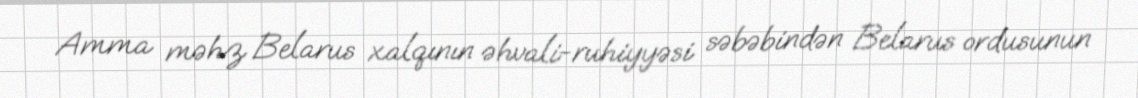
Amma məhz Belarus xalqının əhvali-ruhiyyəsi səbəbindən Belarus ordusunun